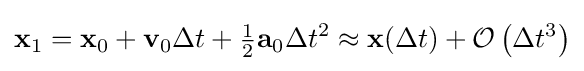
\mathbf {x} _{1}=\mathbf {x} _{0}+\mathbf {v} _{0}\Delta t+{\tfrac {1}{2}}\mathbf {a} _{0}\Delta t^{2}\approx \mathbf {x} (\Delta t)+{\mathcal {O}}\left(\Delta t^{3}\right)